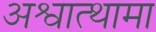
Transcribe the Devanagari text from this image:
अश्वात्थामा